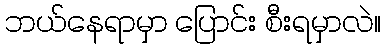
ဘယ်နေရာမှာ ပြောင်း စီးရမှာလဲ။